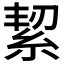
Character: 𮈑